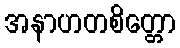
အနာဟတစိတ္တော